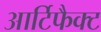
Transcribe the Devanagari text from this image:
आर्टिफैक्ट